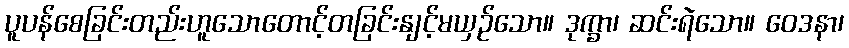
ပူပန်စေခြင်းတည်းဟူသောတောင့်တခြင်းနျင့်မယှဉ်သော။ ဒုက္ခာ၊ ဆင်းရဲသော။ ဝေဒနာ၊